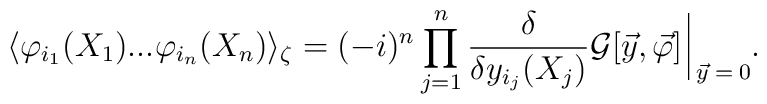
\langle \varphi_{i_1} (X_1) ... \varphi_{i_n} (X_n) \rangle_\zeta = (- i)^n \prod_{j = 1}^n \frac{\delta}{\delta y_{i_j} (X_j)} {\cal G} [\vec{y}, \vec{\varphi}] \, \rule[-3mm]{.14mm}{8.5mm} \raisebox{-2.85mm}{\scriptsize{$\; \vec{y} = 0$}} .